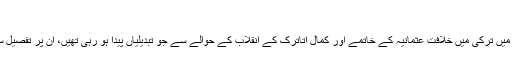
‘‘
اقبال نے اس خطبے میں ترکی میں خلافت عثمانیہ کے خاتمے اور کمال اتاترک کے انقلاب کے حوالے سے جو تبدیلیاں پیدا ہو رہی تھیں، ان پر تفصیل سے روشنی ڈالی ہے۔